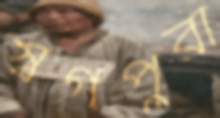
স্বর্গপুরী